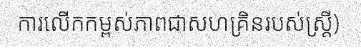
ការលើកកម្ពស់ភាពជាសហគ្រិនរបស់ស្ត្រី)